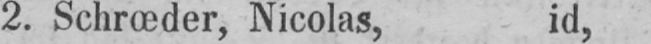
2. Schrœder, Nicolas, id,